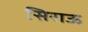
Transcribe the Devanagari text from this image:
सिराऊ